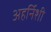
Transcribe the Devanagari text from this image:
अहर्निशी